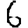
Digit: 6